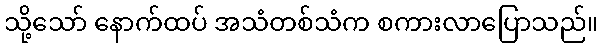
သို့သော် နောက်ထပ် အသံတစ်သံက စကားလာပြောသည်။